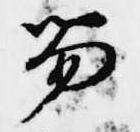
笏